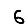
Digit: 6